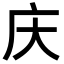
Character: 庆